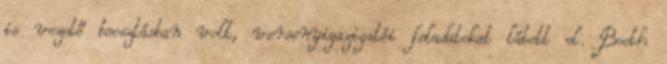
is vezető beosztásban volt, versenyigazigatói feladatokat látott el. Booth